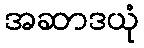
အဆာဒယုံ